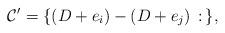
LaTeX: \begin{align*}\mathcal{C}'=\{(D+e_i)-(D+e_j)\,:\,\},\end{align*}